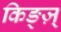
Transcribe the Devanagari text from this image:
किङ्ज़्